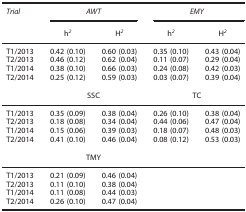
<table><thead><tr><td><b><i>Trial</i></b></td><td colspan="2"><b><i>AWT</i></b></td><td colspan="2"><b><i>EMY</i></b></td></tr><tr><td><b> </b></td><td><b>h<i><sup>2</sup></i></b></td><td><b>H<i><sup>2</sup></i></b></td><td><b>h<i><sup>2</sup></i></b></td><td><b>H<i><sup>2</sup></i></b></td></tr></thead><tbody><tr><td>T1/2013</td><td>0.42 (0.10)</td><td>0.60 (0.03)</td><td>0.35 (0.10)</td><td>0.43 (0.04)</td></tr><tr><td>T2/2013</td><td>0.46 (0.12)</td><td>0.62 (0.04)</td><td>0.11 (0.07)</td><td>0.29 (0.04)</td></tr><tr><td>T1/2014</td><td>0.38 (0.10)</td><td>0.66 (0.03)</td><td>0.24 (0.08)</td><td>0.42 (0.03)</td></tr><tr><td>T2/2014</td><td>0.25 (0.12)</td><td>0.59 (0.03)</td><td>0.03 (0.07)</td><td>0.39 (0.04)</td></tr><tr><td> </td><td colspan="2"> </td><td colspan="2"> </td></tr><tr><td> </td><td colspan="2">SSC</td><td colspan="2">TC</td></tr><tr><td>T1/2013</td><td>0.35 (0.09)</td><td>0.38 (0.04)</td><td>0.26 (0.10)</td><td>0.38 (0.04)</td></tr><tr><td>T2/2013</td><td>0.18 (0.08)</td><td>0.34 (0.04)</td><td>0.44 (0.06)</td><td>0.47 (0.04)</td></tr><tr><td>T1/2014</td><td>0.15 (0.06)</td><td>0.39 (0.03)</td><td>0.18 (0.07)</td><td>0.48 (0.03)</td></tr><tr><td>T2/2014</td><td>0.41 (0.10)</td><td>0.46 (0.04)</td><td>0.08 (0.12)</td><td>0.53 (0.03)</td></tr><tr><td> </td><td colspan="2"> </td><td> </td><td> </td></tr><tr><td> </td><td colspan="2">TMY</td><td> </td><td> </td></tr><tr><td>T1/2013</td><td>0.21 (0.09)</td><td>0.46 (0.04)</td><td> </td><td> </td></tr><tr><td>T2/2013</td><td>0.11 (0.10)</td><td>0.38 (0.04)</td><td> </td><td> </td></tr><tr><td>T1/2014</td><td>0.11 (0.08)</td><td>0.44 (0.03)</td><td> </td><td> </td></tr><tr><td>T2/2014</td><td>0.26 (0.10)</td><td>0.47 (0.04)</td><td> </td><td> </td></tr></tbody></table>